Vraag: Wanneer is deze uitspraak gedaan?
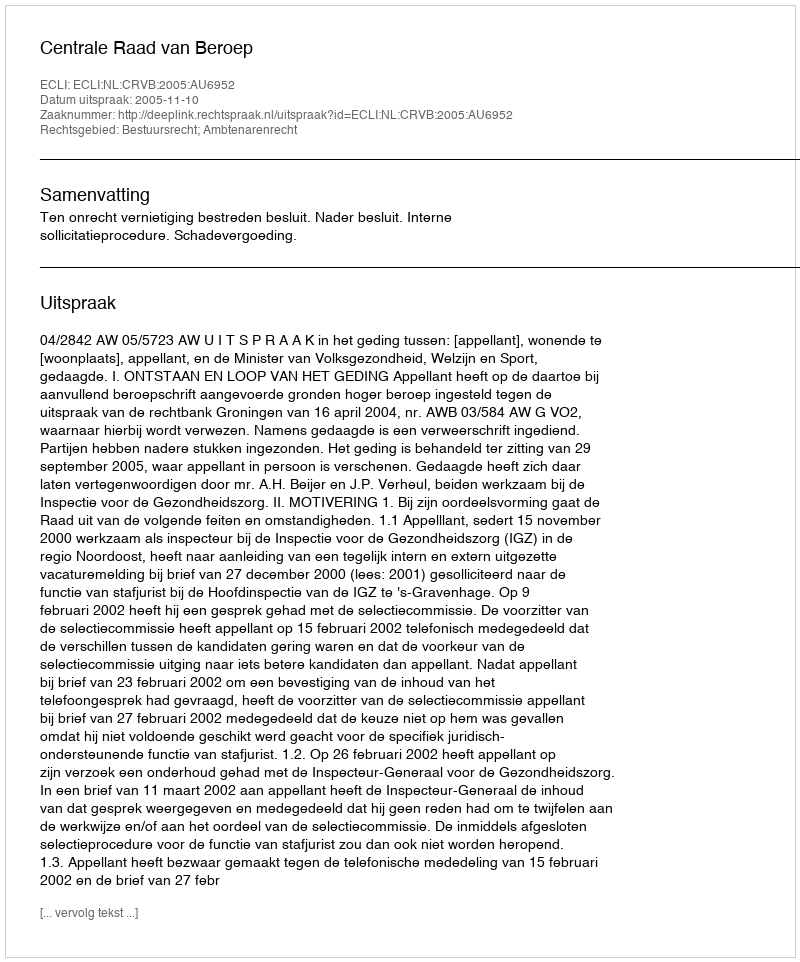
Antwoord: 2005-11-10